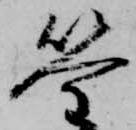
筌